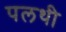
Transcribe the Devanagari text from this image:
पलथी